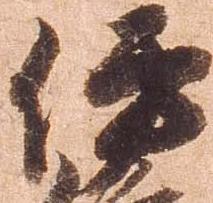
伊